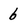
Character: b